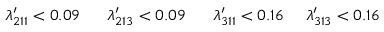
\lambda _ { 2 1 1 } ^ { \prime } < 0 . 0 9 ~ ~ ~ ~ ~ \lambda _ { 2 1 3 } ^ { \prime } < 0 . 0 9 ~ ~ ~ ~ ~ \lambda _ { 3 1 1 } ^ { \prime } < 0 . 1 6 ~ ~ ~ ~ \lambda _ { 3 1 3 } ^ { \prime } < 0 . 1 6